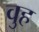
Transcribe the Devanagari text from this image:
वुह